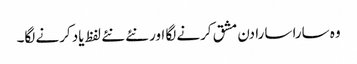
وہ سارا سارا دن مشق کرنے لگا اور نئے نئے لفظ یاد کرنے لگا۔